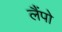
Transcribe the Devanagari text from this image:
लैंपो